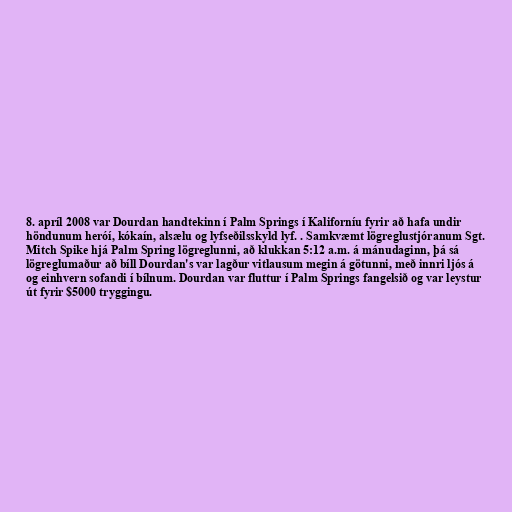
8. apríl 2008 var Dourdan handtekinn í Palm Springs í Kaliforníu fyrir að hafa undir
höndunum heróí, kókaín, alsælu og lyfseðilsskyld lyf. . Samkvæmt lögreglustjóranum Sgt.
Mitch Spike hjá Palm Spring lögreglunni, að klukkan 5:12 a.m. á mánudaginn, þá sá
lögreglumaður að bíll Dourdan's var lagður vitlausum megin á götunni, með innri ljós á
og einhvern sofandi í bílnum. Dourdan var fluttur í Palm Springs fangelsið og var leystur
út fyrir $5000 tryggingu.